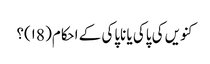
کنویں کی پاکی یا ناپاکی کے احکام( ۱8)؟